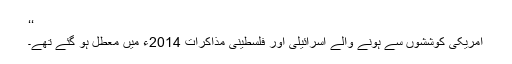
‘‘
امریکی کوششوں سے ہونے والے اسرائیلی اور فلسطینی مذاکرات 2014ء میں معطل ہو گئے تھے۔